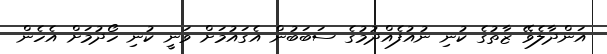
އަންދާލެވޭ ޒާތުގެ ކުނި ނުއުފެއްދުމުގެ ސަބަބުން އެގައުމަށް ވަނީ ކުނި ހޯދުމަށް އެހެން